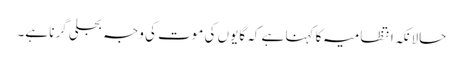
حالانکہ انتظامیہ کا کہنا ہے کہ گایوں کی موت کی وجہ بجلی گرنا ہے۔